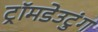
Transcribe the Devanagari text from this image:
ट्रॉमडेउटुंग